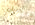
التالى